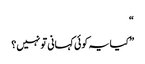
“
” کیایہ کوئی کہانی تو نہیں؟